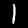
Digit: 1